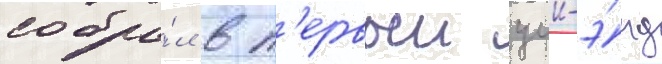
собра́л в п'ервыи уик-э́нд